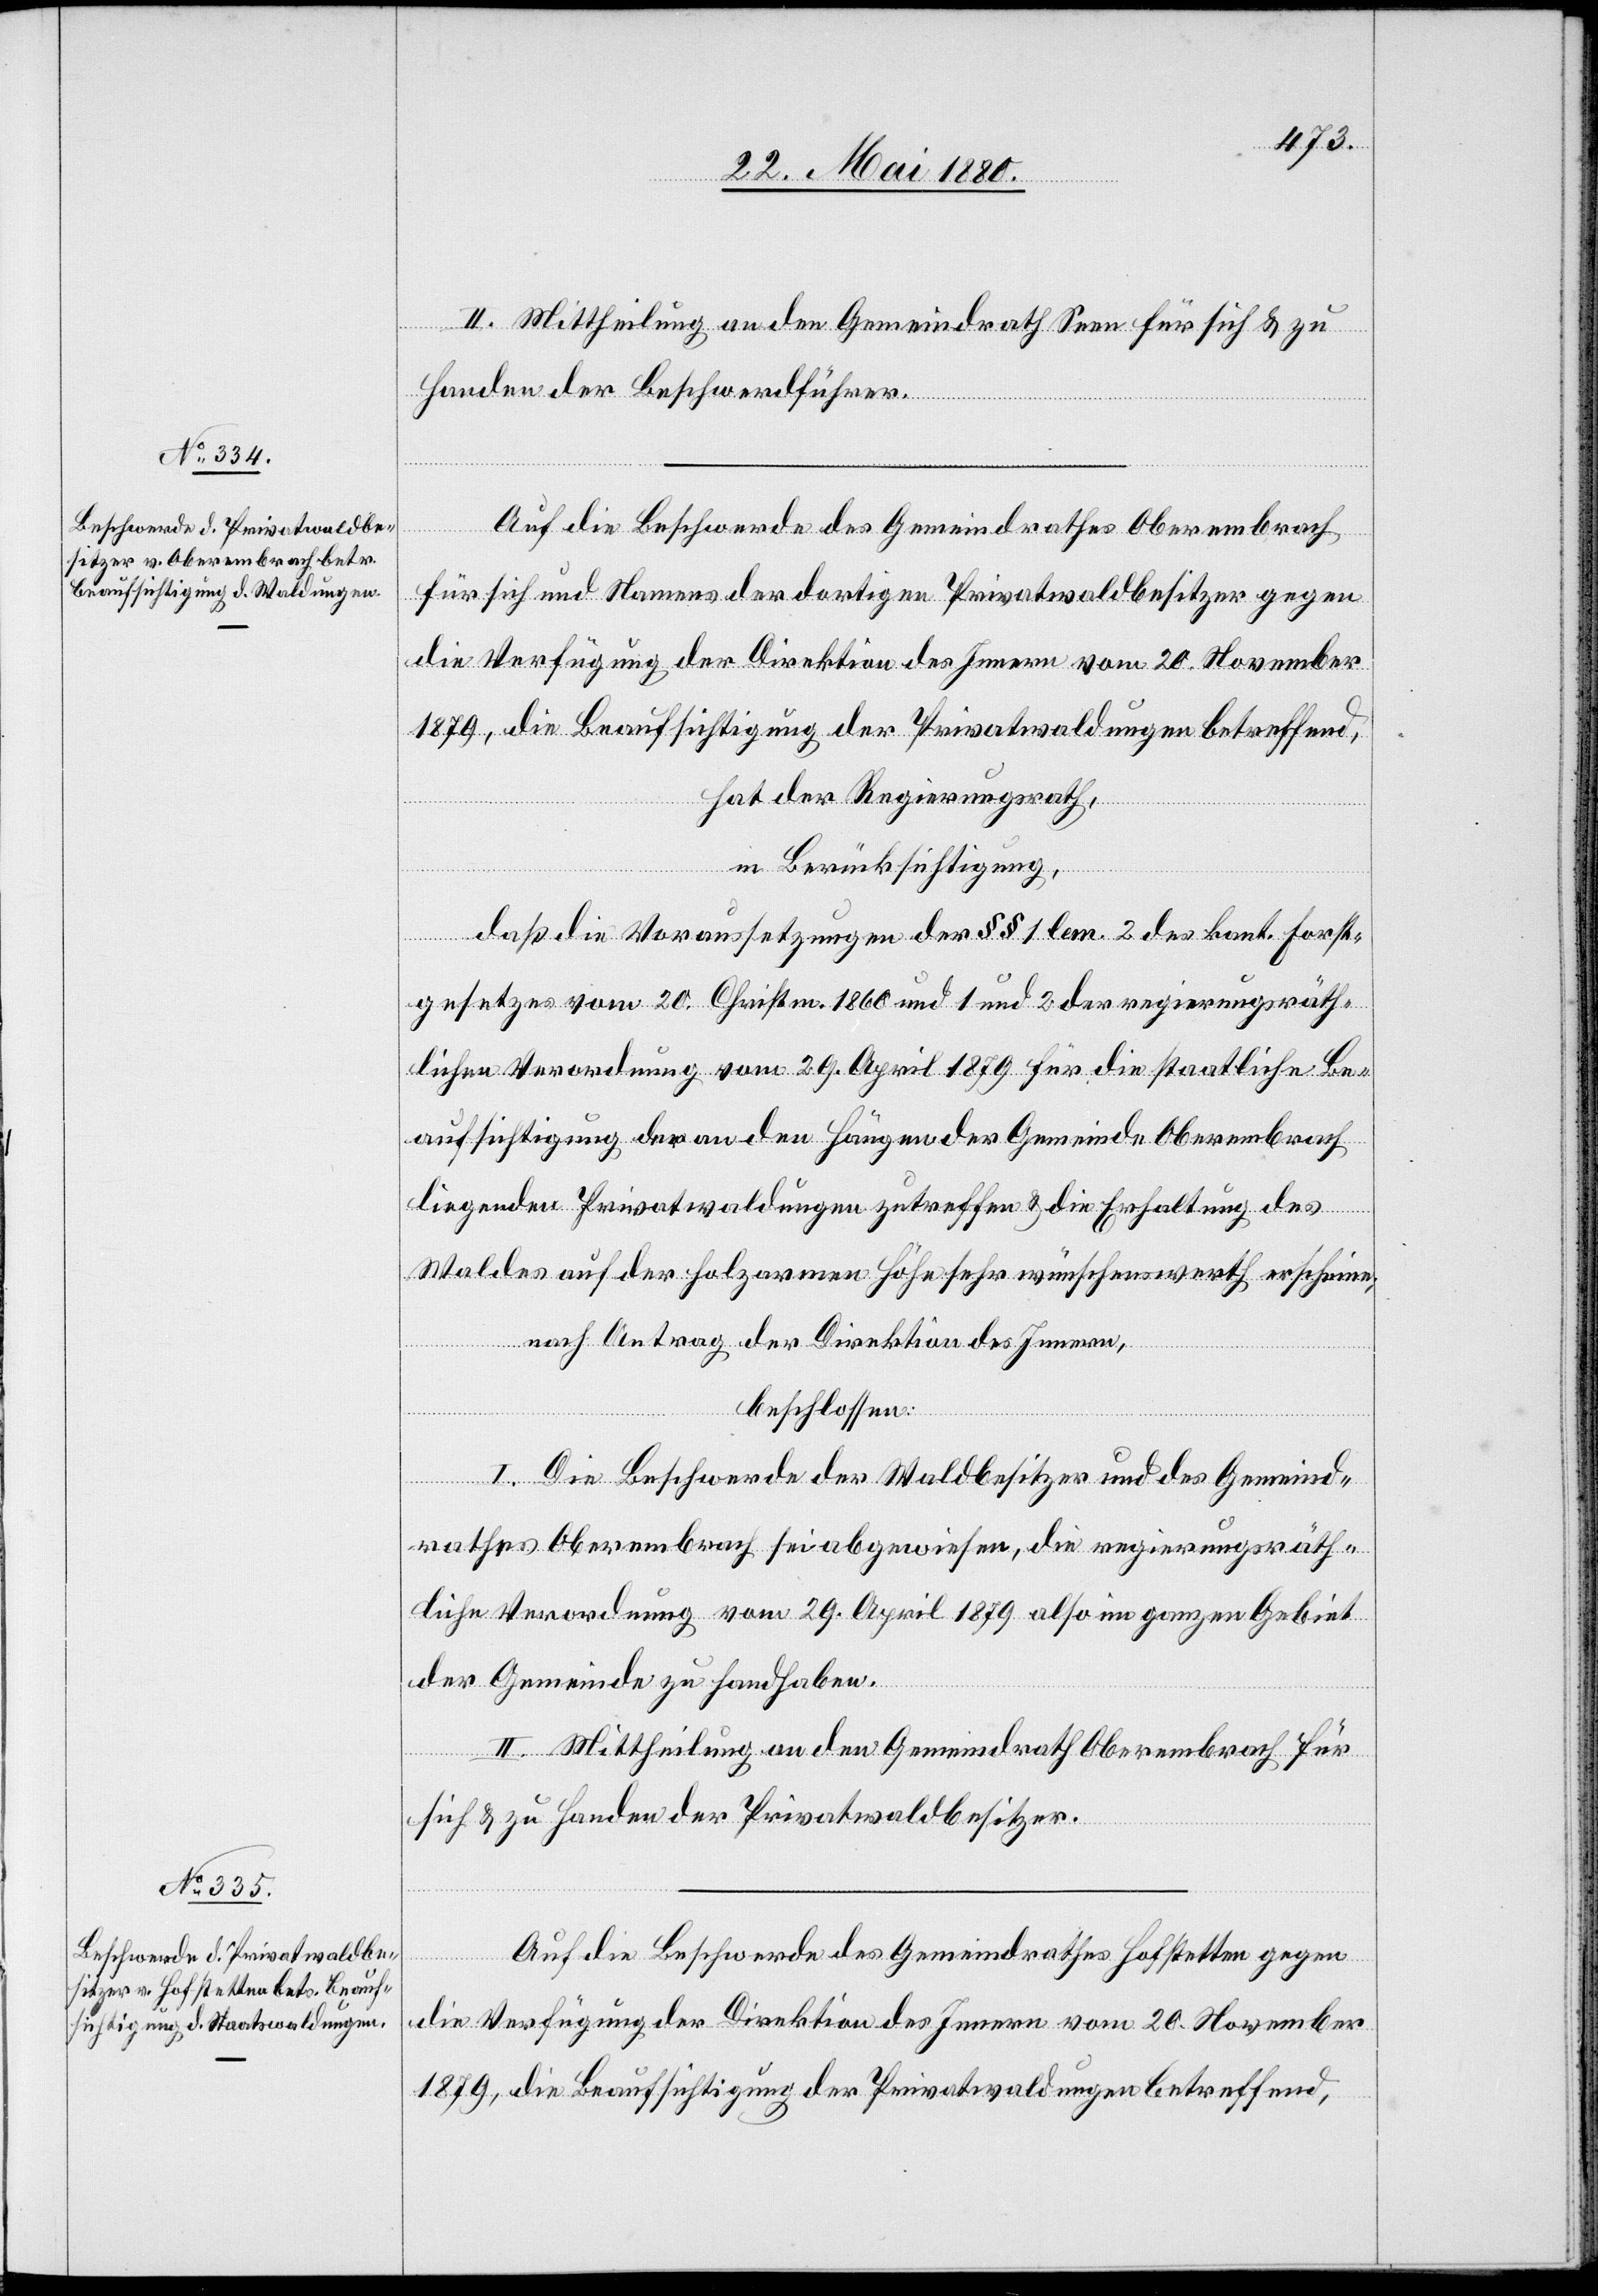
II. Mittheilung an den Gemeindrath Seen für sich & zu
Handen der Beschwerdeführer.
Auf die Beschwerde des Gemeindrathes Oberembrach
für sich und Namens der dortigen Privatwaldbesitzer gegen
die Verfügung der Direktion des Innern vom 20. November
1879, die Beaufsichtigung der Privatwaldungen betreffend,
hat der Regierungsrath,
in Berücksichtigung,
daß die Voraussetzungen der §§ 1 lem. 2 des kant. Forst¬
gesetzes vom 20. Christm. 1860 und 1 und 2 der regierungsräth¬
lichen Verordnung vom 29. April 1879 für die staatliche Be¬
aufsichtigung der an den Hängen der Gemeinde Oberembrach
liegenden Privatwaldungen zutreffen & die Erhaltung des
Waldes auf der holzarmen Höhe sehr wünschenswerth erscheine;
nach Antrag der Direktion des Innern,
beschlossen:
I. Die Beschwerde der Waldbesitzer und des Gemeind¬
rathes Oberembrach sei abgewiesen, die regierungsräth¬
liche Verordnung vom 29. April 1879 also im ganzen Gebiet
der Gemeinde zu handhaben.
II. Mittheilung an den Gemeindrath Oberembrach für
sich & zu Handen der Privatwaldbesitzer.
Auf die Beschwerde des Gemeindrathes Hofstetten gegen
die Verfügung der Direktion des Innern vom 20. November